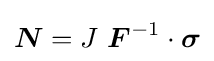
{\boldsymbol {N}}=J~{\boldsymbol {F}}^{-1}\cdot {\boldsymbol {\sigma }}